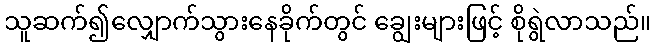
သူဆက်၍လျှောက်သွားနေခိုက်တွင် ချွေးများဖြင့် စိုရွဲလာသည်။